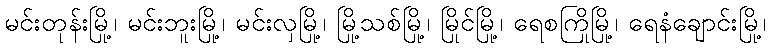
မင်းတုန်းမြို့၊ မင်းဘူးမြို့၊ မင်းလှမြို့၊ မြို့သစ်မြို့၊ မြိုင်မြို့၊ ရေစကြိုမြို့၊ ရေနံချောင်းမြို့၊